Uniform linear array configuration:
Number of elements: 32
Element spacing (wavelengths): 0.25
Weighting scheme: binomial
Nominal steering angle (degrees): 0
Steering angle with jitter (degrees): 1.614
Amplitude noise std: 0.05
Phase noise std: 0.05

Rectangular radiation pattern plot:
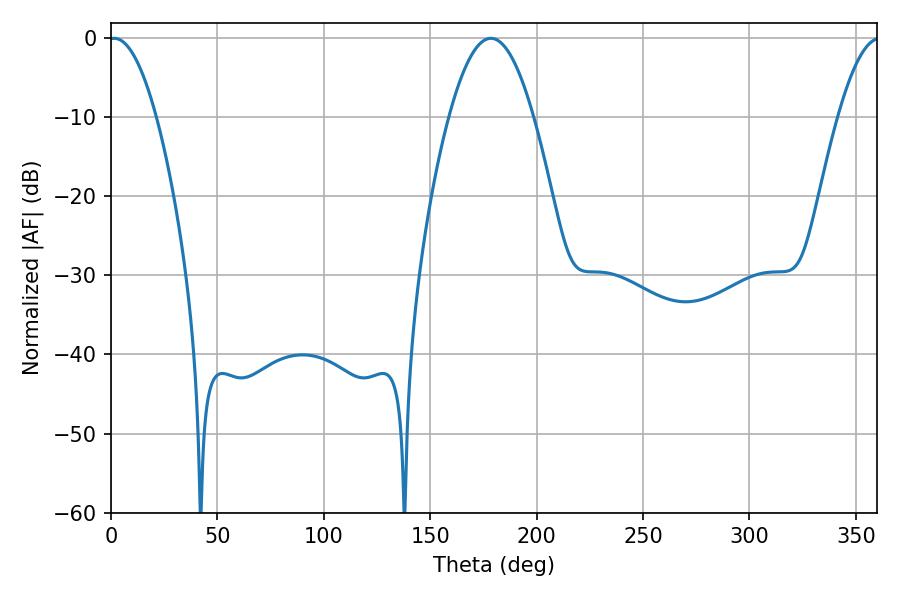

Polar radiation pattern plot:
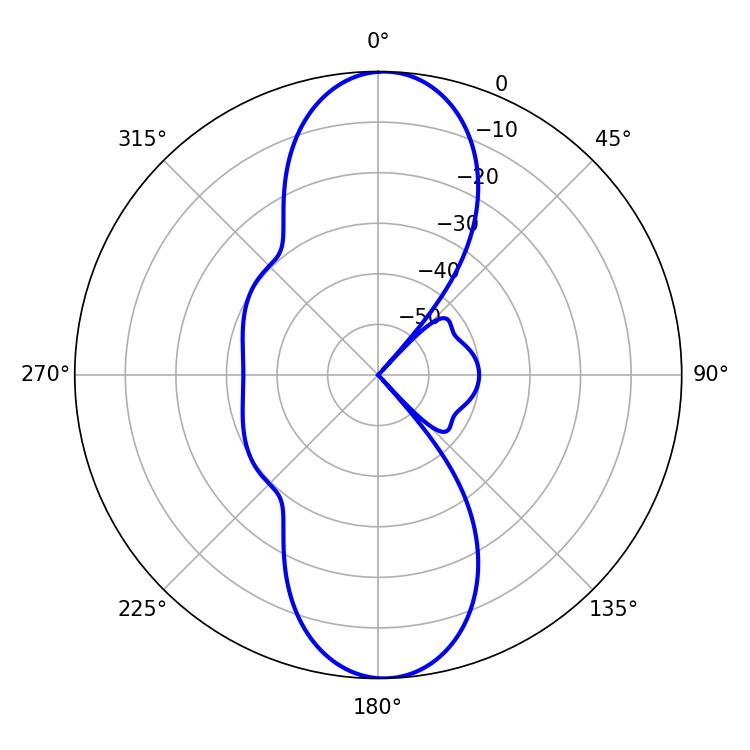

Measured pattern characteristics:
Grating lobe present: FALSE
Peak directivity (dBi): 20.47
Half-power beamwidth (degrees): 12.24
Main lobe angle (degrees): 1.44